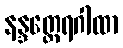
နန္ဒတ္ထေရဂါထာ